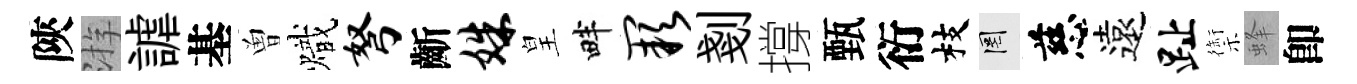
陝㳺謔基曽熾弩齗姝皇畔缺剗撐甄衍枝罔慈遠趾禦蜂卽